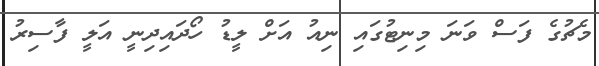
މެޗުގެ ފަސް ވަނަ މިނިޓުގައި ނިއު އަށް ލީޑު ހޯދައިދިނީ އަލީ ފާސިރު